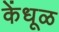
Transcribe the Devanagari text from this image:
केंधूळ